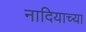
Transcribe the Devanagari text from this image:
नादियाच्या